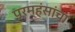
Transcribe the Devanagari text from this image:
परमहंसांचा